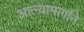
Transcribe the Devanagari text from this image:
आल्यामार्गाने